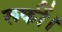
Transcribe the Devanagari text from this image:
रूकीं।